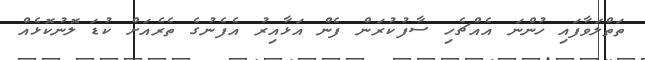
ތަތްލަވާފައި ހުންނަ އެއްޗެހި ސާފުކުރަން ފެން އަޅާއިރު އެފެނުގެ ތެރެއަށް ކުޑަ ލޮނުކޮޅެއް